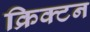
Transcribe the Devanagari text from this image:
क्रिक्टन